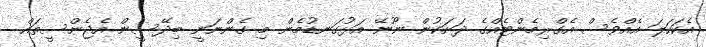
އެކަހަލަ އެއްވެސް އެގްރިމެންޓެއްގެ ދަށަކުން ނޫނޭ އަޅުގަނޑުމެން މި ގެންނަނީ ބިދޭސީން އެޖެންސީތައް